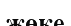
жөке